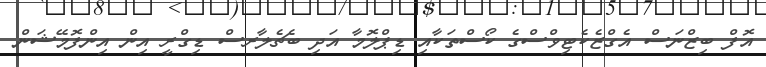
އޮފް ބިޒްނަސް އެގްޒެކެޓިވްސްގެ ކޯސްތަކާއި ޑިޕްލޮމާ އަދި ބެޗެލާރސް ޑިގްރީ އިން އިންފޮމޭޝަން